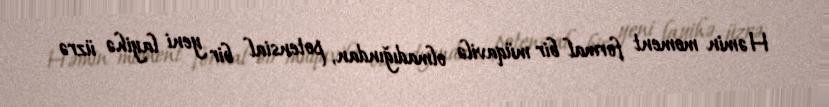
Həmin moment formal bir müqavilə olmadığından, potensial bir yeni layihə üzrə